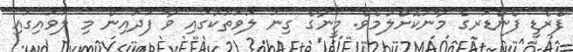
ފްރެޑީ ފެންޑަރގެ މާނަކޮށްލުމެވެ. މީނާގެ ގިނަ ލަވަތަކުގައި ވާ ފަދައިން މި ލަވައިގައި